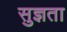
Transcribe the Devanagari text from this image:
सुज्ञता